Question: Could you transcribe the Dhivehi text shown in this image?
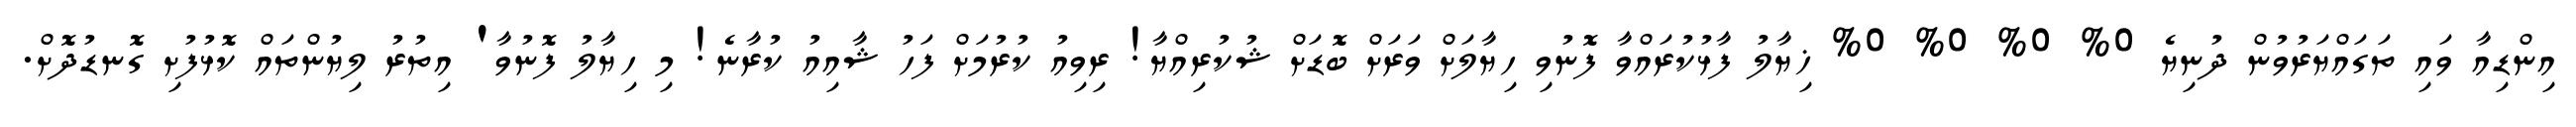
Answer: އިންޑިއާ ވައި ތަގައްޔަރުވުން ދުނިޔެ 0% 0% 0% 0% ޚިޔާލު ފާޅުކުރައްވާ ފޮނުވި ހިޔާލަށް ވަރަށް ބޮޑަށް ޝުކުރިއްޔާ! ރިވިއު ކުރުމަށް ފަހު ޝާއިއު ކުރާނެ! މި ހިޔާލު ފޮނުވާ' އިތުރު ލިޔުންތައް ކޮޅުފުށި ގޮނޑުދޮށް.